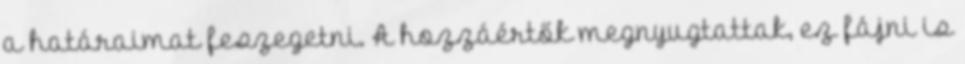
a határaimat feszegetni. A hozzáértők megnyugtattak, ez fájni is